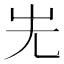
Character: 𡵈